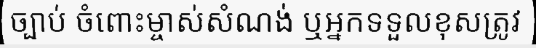
ច្បាប់ ចំពោះម្ចាស់សំណង់ ឬអ្នកទទួលខុសត្រូវ